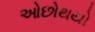
ઓછોથયો